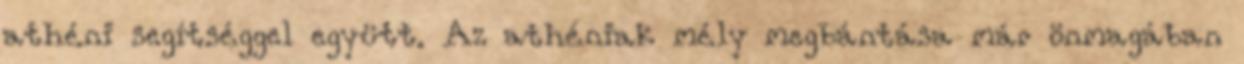
athéni segítséggel együtt. Az athéniak mély megbántása már önmagában